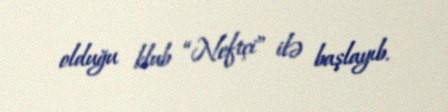
olduğu klub “Neftçi” ilə başlayıb.